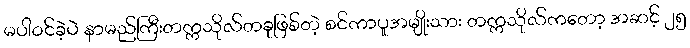
မပါဝင်ခဲ့ပဲ နာမည်ကြီးတက္ကသိုလ်တခုဖြစ်တဲ့ စင်ကာပူအမျိုးသား တက္ကသိုလ်ကတော့ အဆင့် ၂၅